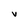
Character: v